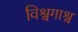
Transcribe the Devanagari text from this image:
विश्वगाश्व